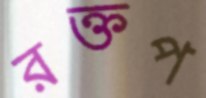
রক্তপ